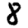
Digit: 8